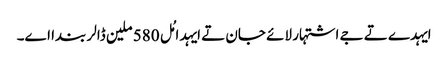
ایہدے تے جے اشتہار لائے جان تے ایہدا مُل 580 ملین ڈالر بندا اے۔